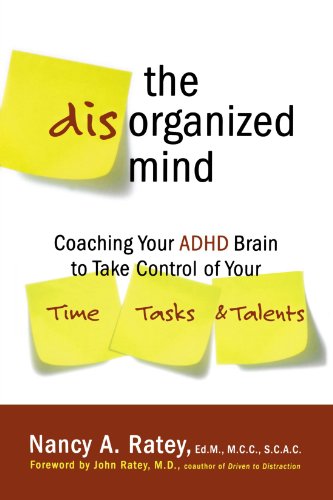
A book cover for The Disorganized Mind: Coaching Your ADHD Brain to Take Control of Your Time, Tasks, and Talents; Nancy A. Ratey; Parenting & Relationships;